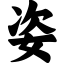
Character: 姿